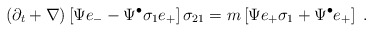
\begin{align*}\left( \partial_t + \nabla \right) \left[ \Psi e_- - \Psi^{\bullet} \sigma_{1} e_+ \right] \sigma_{21}= m \left[ \Psi e_+ \sigma_{1} + \Psi^{\bullet} e_+ \right]~.\end{align*}